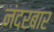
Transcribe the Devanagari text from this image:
नंदरबार